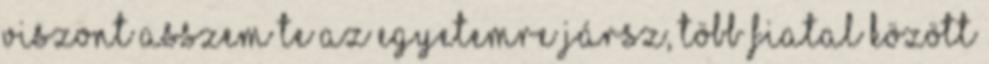
Viszont asszem te az egyetemre jársz, több fiatal között